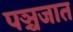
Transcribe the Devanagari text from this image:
पञ्चजात